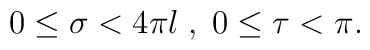
0\leq \sigma < 4\pi l \; ,\; 0\leq \tau < \pi .